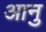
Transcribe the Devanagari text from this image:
आनु